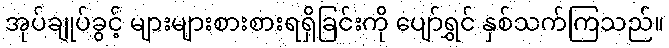
အုပ်ချုပ်ခွင့် များများစားစားရရှိခြင်းကို ပျော်ရွှင် နှစ်သက်ကြသည်။